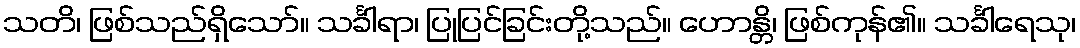
သတိ၊ ဖြစ်သည်ရှိသော်။ သင်္ခါရာ၊ ပြုပြင်ခြင်းတို့သည်။ ဟောန္တိ၊ ဖြစ်ကုန်၏။ သင်္ခါရေသု၊